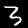
Label: 3